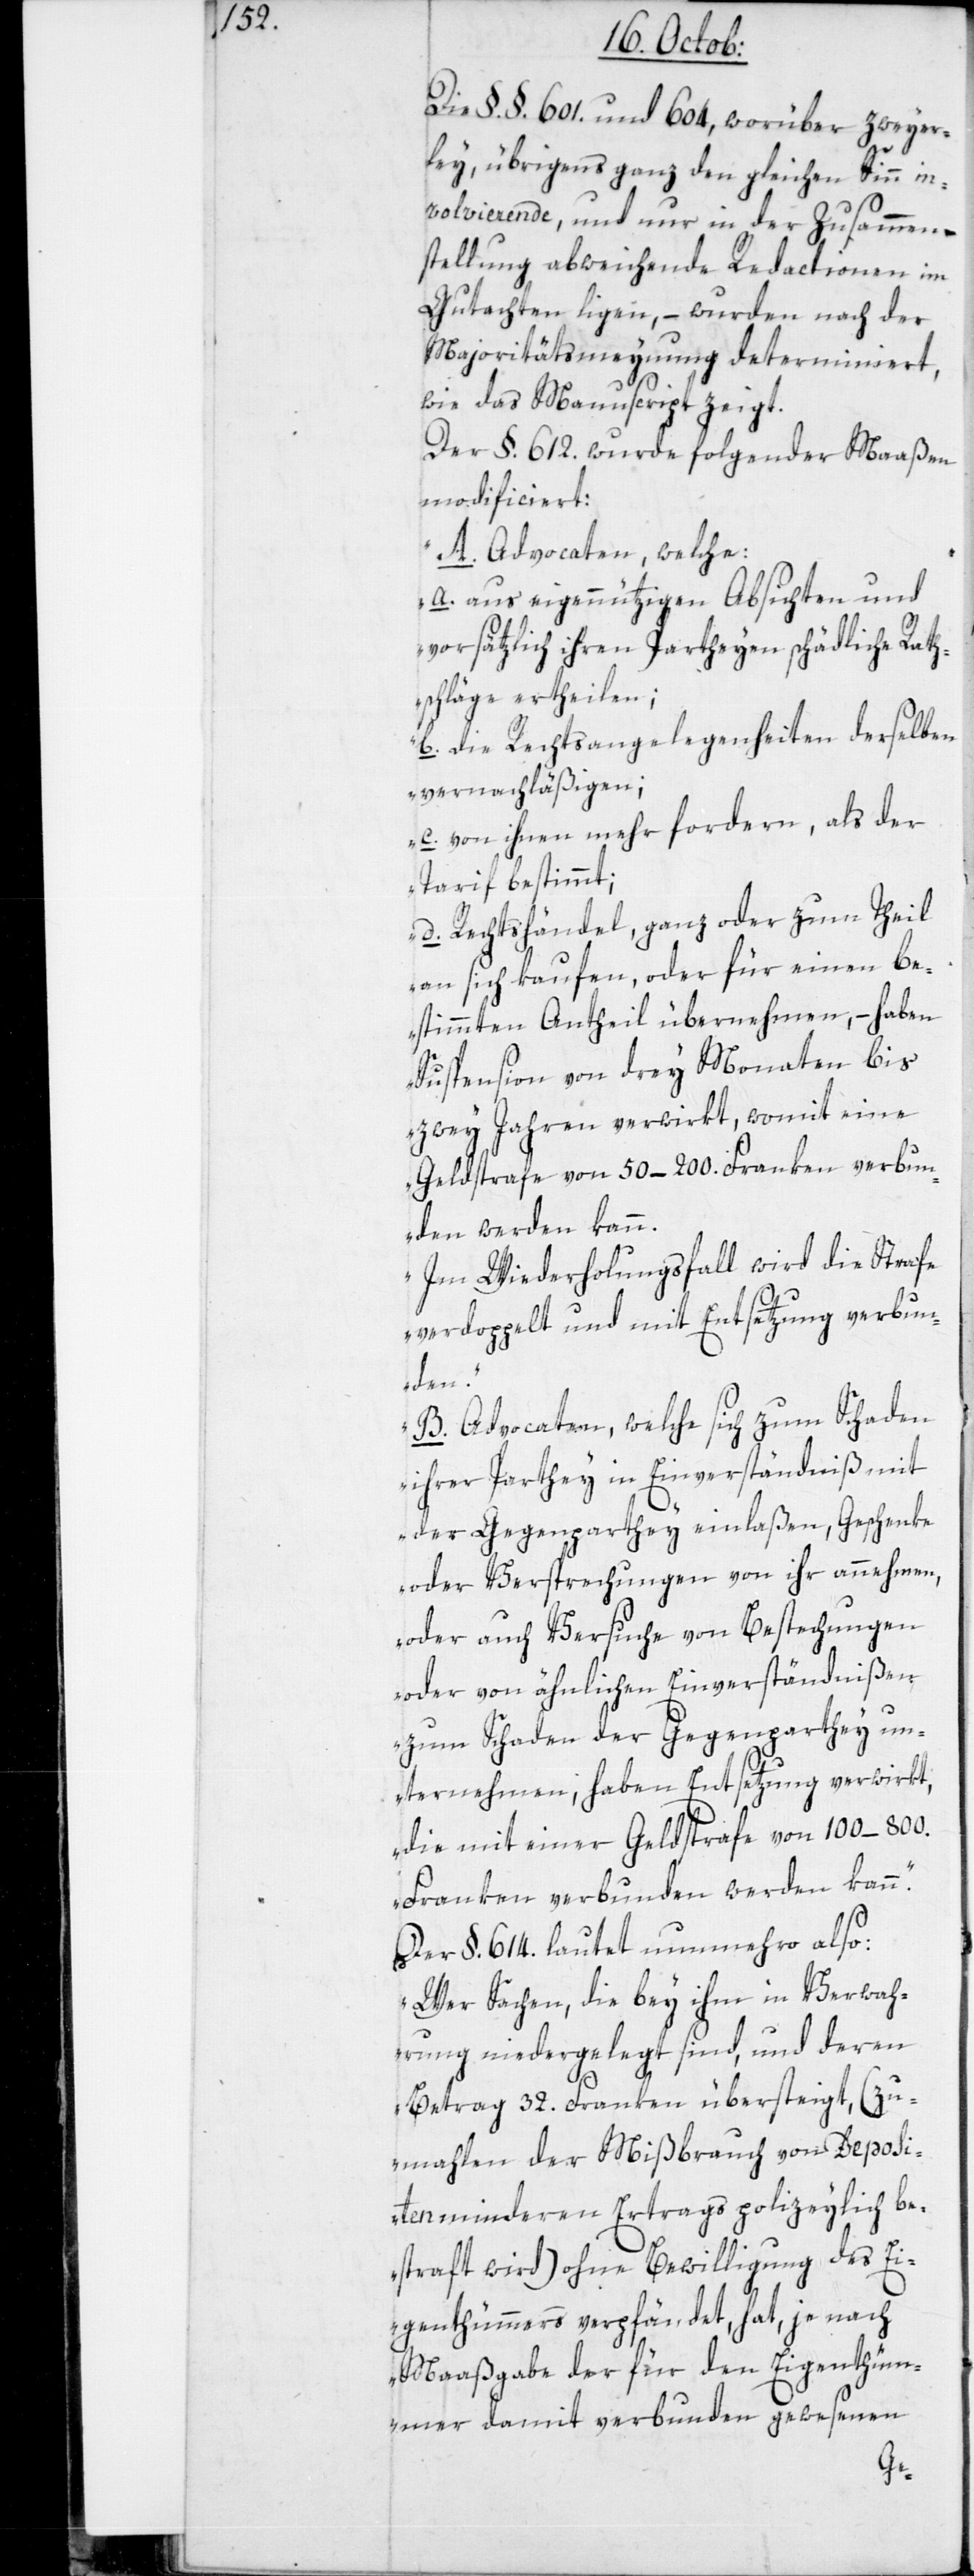
Die §.§. 601. und 604, worüber zweyer¬
lei, übrigens ganz den gleichen Sinn in¬
volvierende, und nur in der Zusammen¬
stellung abweichende Redactionen im
Gutachten ligen, – wurden nach der
Majoritätsmeynung determiniert,
wie das Manuscript zeigt.
Der §. 612. wurde folgender Maaßen
modificiert:
„A. Advocaten, welche:
a. aus eigennützigen Absichten und
vorsätzlich ihren Partheyen schädliche Rat¬
schläge ertheilen;
b. die Rechtsangelegenheiten derselben
vernachläßigen;
c. von ihnen mehr fordern als der
Tarif bestimmt;
d. Rechtshändel, ganz oder zum Theil
an sich kaufen, oder für einen be¬
stimmten Antheil übernehmen, – haben
Suspension von drey Monaten bis
zwey Jahren verwirkt, womit eine
Geldstrafe von 50–200. Franken verbun¬
den werden kann.
Im Wiederholungsfall wird die Strafe
verdoppelt und mit Entsetzung verbun¬
den.
B. Advocaten, welche sich zum Schaden
ihrer Parthey in Einverständniß mit
der Gegenparthey einlaßen, Geschenke
oder Versprechungen von ihr annehmen,
oder auch Versuche von Bestechungen
oder von ähnlichen Einverständnißen
zum Schaden der Gegenparthey un¬
ternehmen, haben Entsetzung verwirkt,
die mit einer Geldstrafe von 100–800.
Franken verbunden werden kann.“
Der §. 614. lautet nunmehro also:
„Wer Sachen, die bey ihm in Verwah¬
rung niedergelegt sind, und deren
Betrag 32. Franken übersteigt, (zu¬
mahlen der Mißbrauch von Deposi¬
ten minderen Ertrags polizeylich be¬
straft wird) ohne Bewilligung des Ei¬
genthümmers verpfändet, hat, je nach
Maaßgabe der für den Eigenthüm¬
mer damit verbunden gewesenen